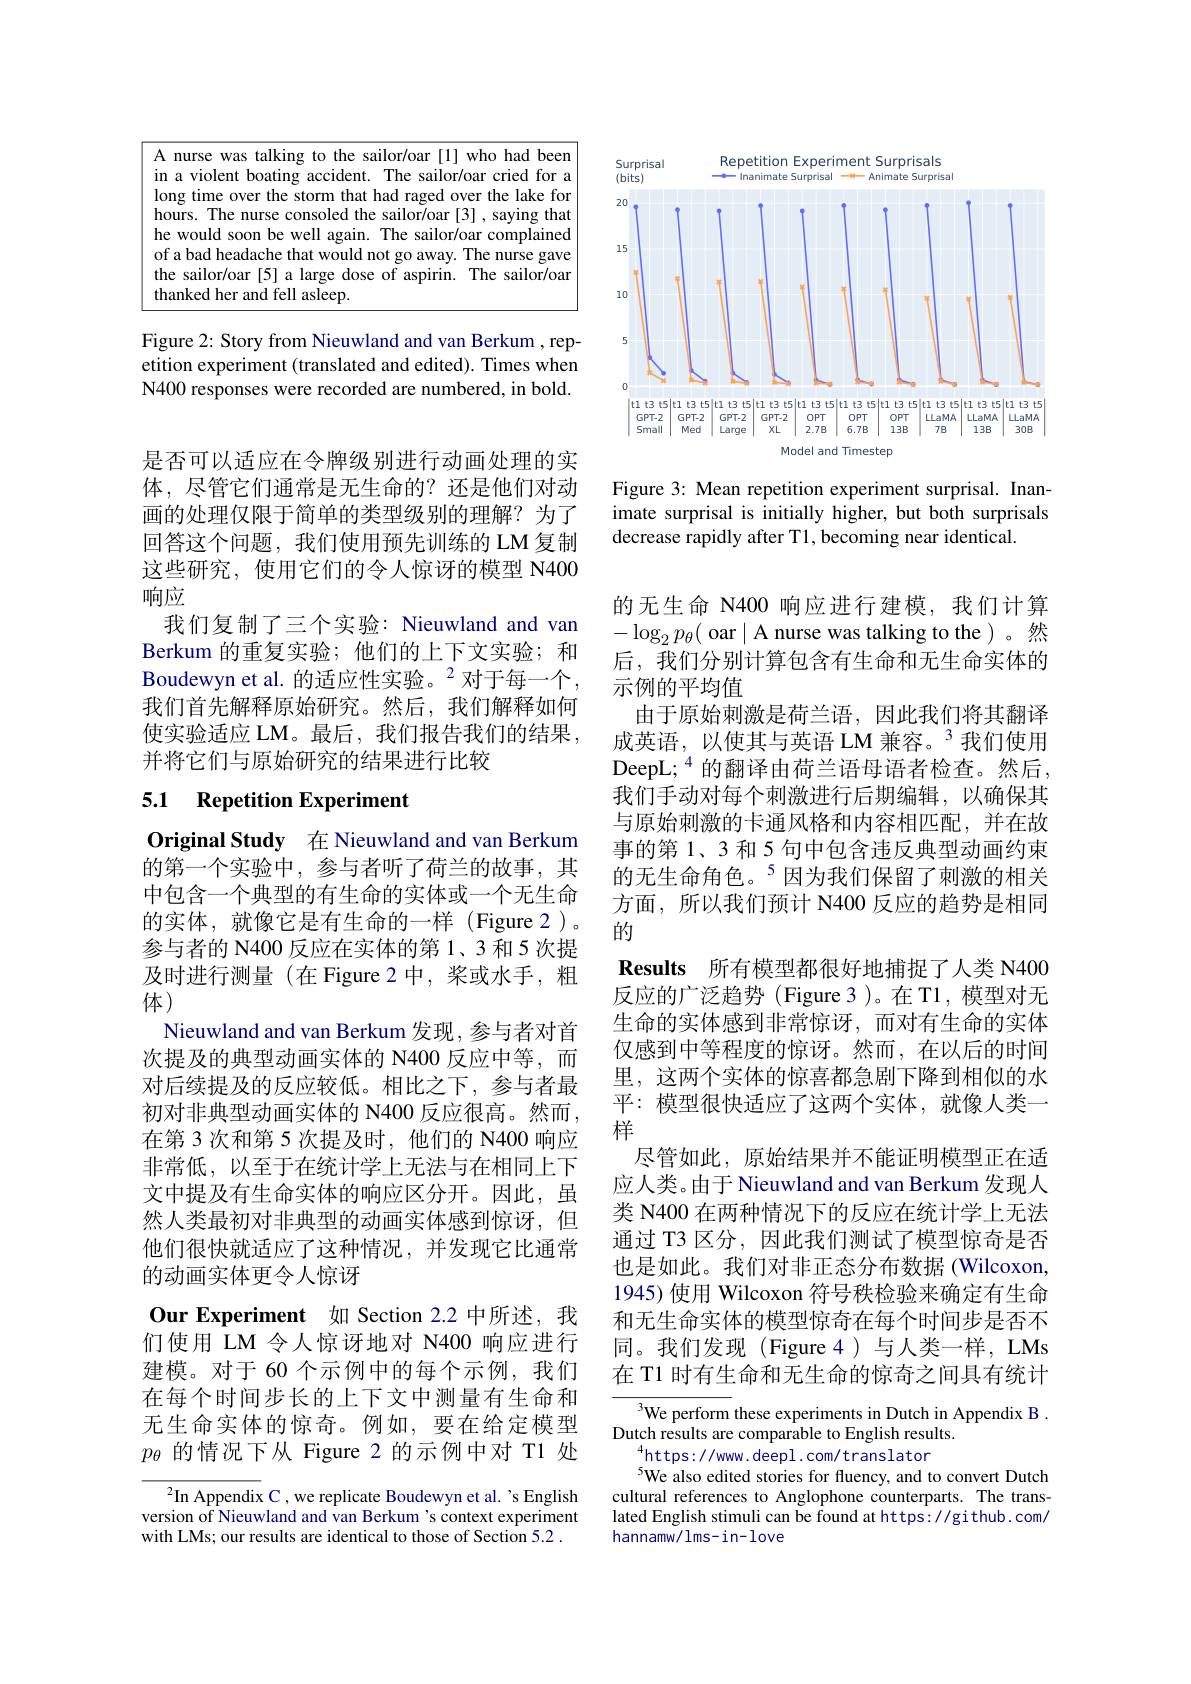
<FigureHere>

Figure 2: Story from Nieuwland and van Berkum , repetition experiment (translated and edited). Times when N400 responses were recorded are numbered, in bold.

是否可以适应在令牌级别进行动画处理的实体，尽管它们通常是无生命的？还是他们对动画的处理仅限于简单的类型级别的理解？为了回答这个问题，我们使用预先训练的 LM 复制这些研究，使用它们的令人惊讶的模型 N400响应
我们复制了三个实验：Nieuwland and van Berkum 的重复实验；他们的上下文实验；和Boudewyn et al. 的适应性实验。$^2$对于每一个， 我们首先解释原始研究。然后，我们解释如何使实验适应 LM。最后，我们报告我们的结果， 并将它们与原始研究的结果进行比较

## 5.1 Repetition Experiment

Original Study 在 Nieuwland and van Berkum 的第一个实验中，参与者听了荷兰的故事，其中包含一个典型的有生命的实体或一个无生命的实体，就像它是有生命的一样(Figure 2)。参与者的 N400 反应在实体的第 1、3 和 5 次提及时进行测量(在 Figure 2 中，桨或水手，粗体)
Nieuwland and van Berkum 发现，参与者对首次提及的典型动画实体的 N400 反应中等，而对后续提及的反应较低。相比之下，参与者最初对非典型动画实体的 N400 反应很高。然而， 在第 3 次和第 5 次提及时，他们的 N400 响应非常低，以至于在统计学上无法与在相同上下文中提及有生命实体的响应区分开。因此，虽然人类最初对非典型的动画实体感到惊讶，但他们很快就适应了这种情况，并发现它比通常的动画实体更令人惊讶
Our Experiment 如 Section 2.2 中所述，我们使用 LM 令人惊讶地对 N400 响应进行建模。对于 60 个示例中的每个示例，我们在每个时间步长的上下文中测量有生命和无生命实体的惊奇。例如，要在给定模型$p_\theta$的情况下从 Figure 2 的示例中对 T1 处

$^{2}$In Appendix C, we replicate Boudewyn et al.'s English version of Nieuwland and van Berkum's context experiment with LMs; our results are identical to those of Section 5.2 .

<FigureHere>

Figure 3: Mean repetition experiment surprisal. Inanimate surprisal is initially higher, but both surprisals decrease rapidly after T1, becoming near identical.

的无生命 N400 响应进行建模，我们计算$-\log_2p_\theta($ oar$\mid$A nurse was talking to the)。然后，我们分别计算包含有生命和无生命实体的示例的平均值
由于原始刺激是荷兰语，因此我们将其翻译成英语，以使其与英语 LM 兼容。$^3$我们使用DeepL;$^{4}$的翻译由荷兰语母语者检查。然后， 我们手动对每个刺激进行后期编辑，以确保其与原始刺激的卡通风格和内容相匹配，并在故事的第 1、3 和 5 句中包含违反典型动画约束的无生命角色。$^{5}$因为我们保留了刺激的相关方面，所以我们预计 N400 反应的趋势是相同的
Results 所有模型都很好地捕捉了人类 N400反应的广泛趋势(Figure3)。在 T1, 模型对无生命的实体感到非常惊讶，而对有生命的实体仅感到中等程度的惊讶。然而，在以后的时间里，这两个实体的惊喜都急剧下降到相似的水平：模型很快适应了这两个实体，就像人类一样
尽管如此，原始结果并不能证明模型正在适应人类。由于 Nieuwland and van Berkum 发现人类 N400 在两种情况下的反应在统计学上无法通过 T3 区分，因此我们测试了模型惊奇是否也是如此。我们对非正态分布数据 (Wilcoxon, 1945) 使用 Wilcoxon 符号秩检验来确定有生命和无生命实体的模型惊奇在每个时间步是否不同。我们发现(Figure 4)与人类一样，LMs 在 T1 时有生命和无生命的惊奇之间具有统计
${\overline{{^3}\text{We perform }}}$these experiments in Dutch in Appendix B.

Dutch results are comparable to English results.
$^{4}$https://www.deepl.com/translator
$^{5}$We also edited stories for fluency, and to convert Dutch cultural references to Anglophone counterparts. The translated English stimuli can be found at https://github.com/ hannamw/lms-in-love